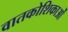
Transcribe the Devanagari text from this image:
वातकोशिकाओं